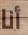
أنا